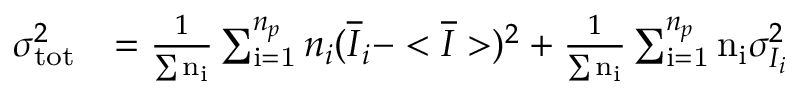
\begin{array} { r l } { \sigma _ { \mathrm { t o t } } ^ { 2 } } & { = \frac { 1 } { \sum { \mathrm { n _ { i } } } } \sum _ { \mathrm { i = 1 } } ^ { n _ { p } } n _ { i } ( \overline { { I } } _ { i } - < \overline { { I } } > ) ^ { 2 } + \frac { 1 } { \sum { \mathrm { n _ { i } } } } \sum _ { \mathrm { i = 1 } } ^ { n _ { p } } \mathrm { n _ { i } } \sigma _ { I _ { i } } ^ { 2 } } \end{array}